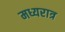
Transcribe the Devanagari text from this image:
मध्यरात्र